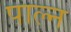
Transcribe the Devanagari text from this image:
पाल्न